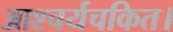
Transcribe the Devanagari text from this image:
आश्चर्यचकित।